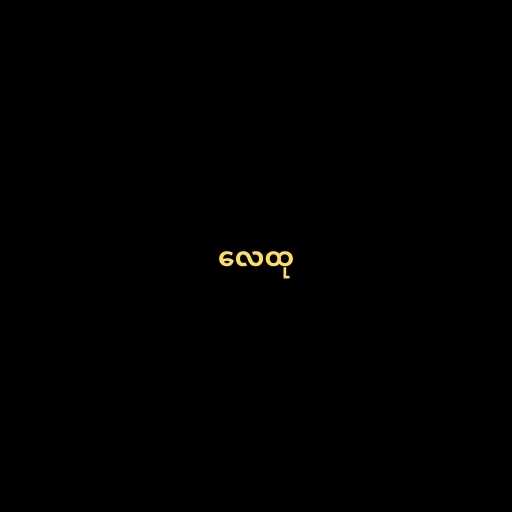
လေထု